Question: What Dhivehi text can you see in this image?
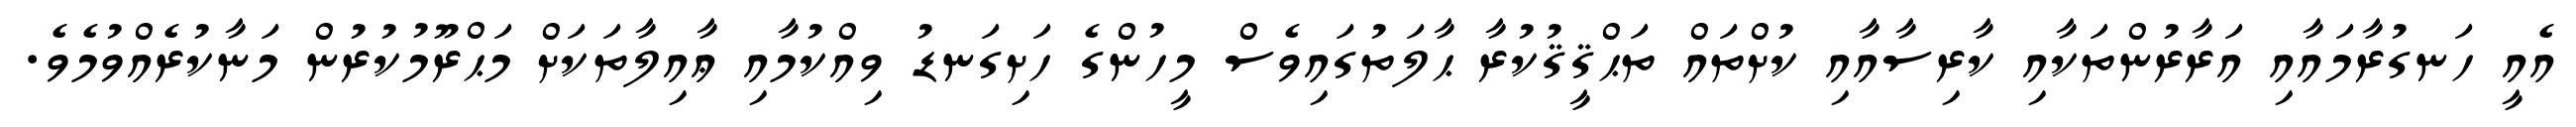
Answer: އެއީ ހަނގުރާމައާއި އަރާރުންތަކާއި ކާރިސާއާއި ކުށްތައް ތަޙްޤީޤުކުރާ ޙާލަތުގައިވެސް މީހުންގެ ހަށިގަނޑު ވިއްކުމާއި ޢާއިލާތަކަށް މަޙްރޫމުކުރުން މަނާކުރެއްވުމެވެ.